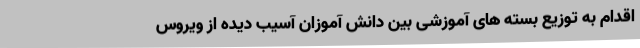
اقدام به توزیع بسته های آموزشی بین دانش آموزان آسیب دیده از ویروس